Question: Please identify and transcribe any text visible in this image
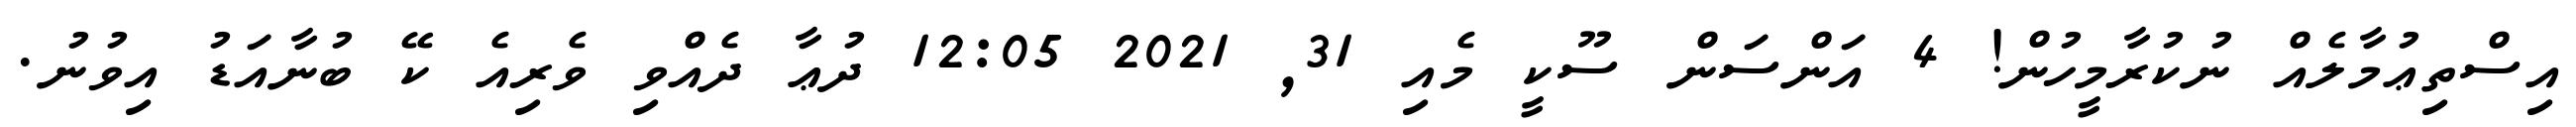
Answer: އިސްތިޢުމާލެއް ނުކުރާމީހުން! 4 އަންސަން ސޫކީ މެއި 31, 2021 12:05 ދުޢާ ދެއްވި ވެރިއެ ކޭ ބުނާއަޑު އިވުނު.